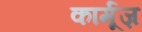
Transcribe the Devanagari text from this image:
कार्मूज़